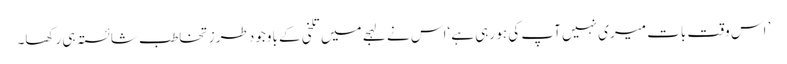
’ اس وقت بات میری نہیں آپ کی ہو رہی ہے ‘اس نے لہجے میں تلخی کے باوجود طرزِ تخاطب شائستہ ہی رکھا۔